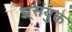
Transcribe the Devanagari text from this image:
झ्र्संयुक्त